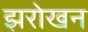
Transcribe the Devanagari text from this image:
झरोखन